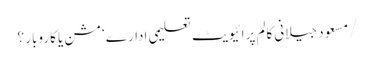
/مسعود جیلانی	کالم	پرائیویٹ تعلیمی ادارے‘مشن یا کاروبار ؟